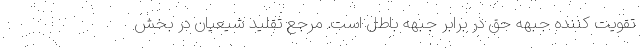
تقویت کننده جبهه حق در برابر جبهه باطل است. مرجع تقلید شیعیان در بخش